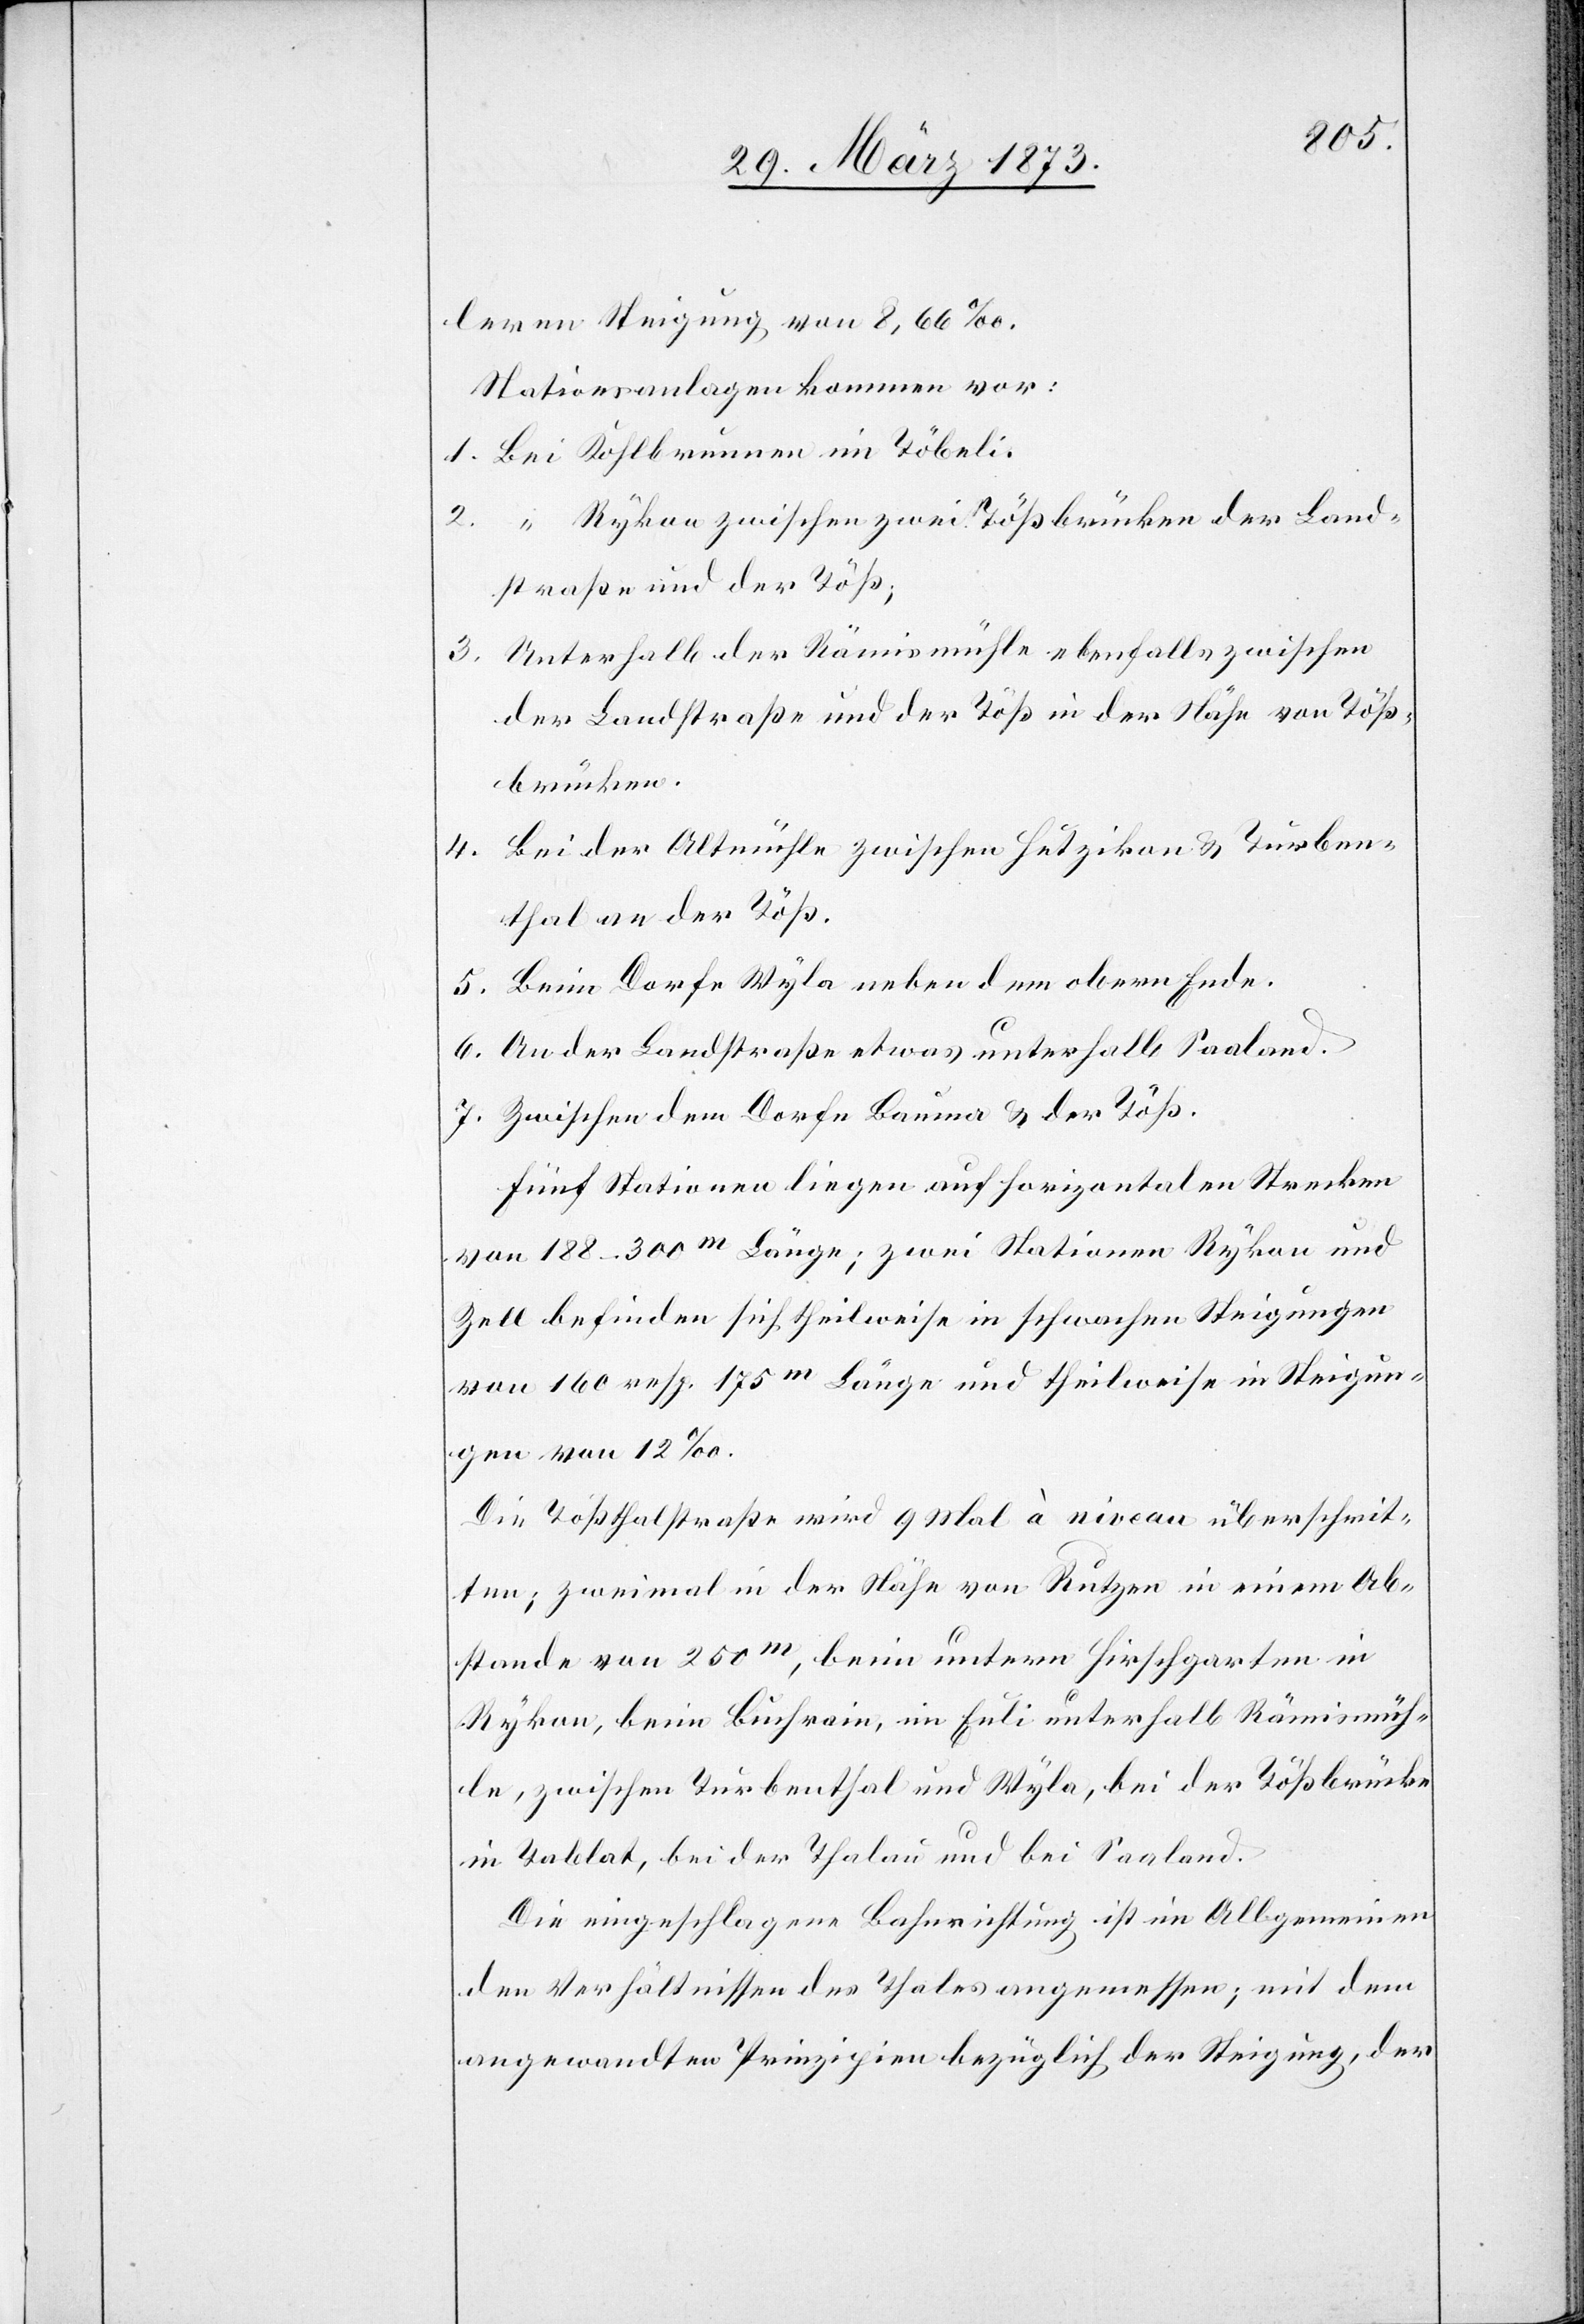
leren Steigung von 8,66‰.
Stationsanlagen kommen vor:
1. Bei Kohlbrunnen im Töbeli.
2. “ Rykon zwischen zwei Tößbrücken der Land¬
straße und der Töß;
Unterhalb der Rämismühle ebenfalls zwischen
3.
der Landstraße und der Töß in der Nähe von Töß¬
brücken.
4. Bei der Altmühle zwischen Hutzikon u. Turben¬
thal an der Töß.
5. Beim Dorfe Wyla neben dem obern Ende.
6. An der Landstraße etwas unterhalb Saaland.
7. Zwischen dem Dorfe Bauma u. der Töß.
Fünf Stationen liegen auf horizontalen Strecken
von 188–300m Länge; zwei Stationen Rykon und
Zell befinden sich theilweise in schwachen Steigungen
von 160 resp. 175m Länge und theilweise in Steigun¬
gen von 12‰.
Die Tößthalstraße wird 9 Mal à niveau überschrit¬
ten; zweimal in der Nähe von Rutzen in einem Ab¬
stande von 250m, beim untern Hirschgarten in
Rykon, beim Buchrain, im Euli unterhalb Rämismüh¬
le, zwischen Turbenthal und Wyla, bei der Tößbrücke
im Tablat, bei der Thalau und bei Saaland.
Die eingeschlagene Bahnrichtung ist im Allgemeinen
den Verhältnissen des Thales angemessen; mit dem
angewandten Prinzipien bezüglich der Steigung, der